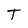
Character: T